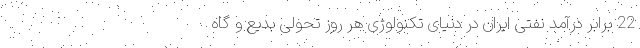
22 برابر درآمد نفتی ایران در دنیای تکنولوژی هر روز تحولی بدیع و گاه